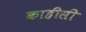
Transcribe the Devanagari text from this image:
काहीसी